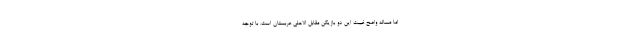
اما مساله واضح غیبت این دو بازیکن مقابل الاهلی عربستان است. با توجه